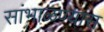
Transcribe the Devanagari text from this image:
सांभाळण्‍यास